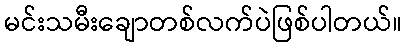
မင်းသမီးချောတစ်လက်ပဲဖြစ်ပါတယ်။